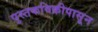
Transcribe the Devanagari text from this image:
पुस्तकविक्रीपासून